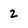
Character: 2